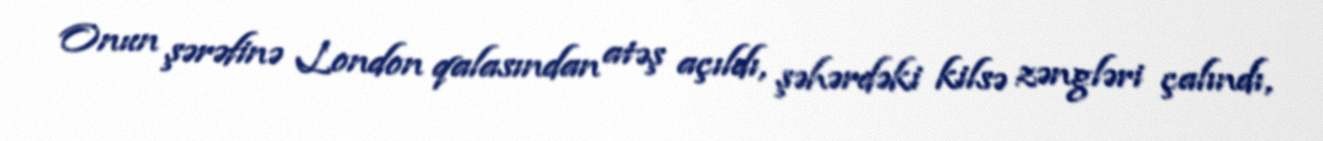
Onun şərəfinə London qalasından atəş açıldı, şəhərdəki kilsə zəngləri çalındı,